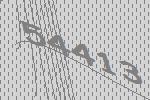
54413